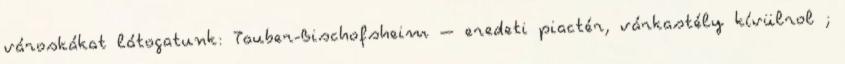
városkákat látogatunk: Tauber-Bischofsheim – eredeti piactér, várkastély kívülrol ;